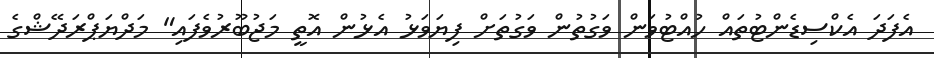
އެފަދަ އެކްސިޑެންޓުތައް ހުއްޓުވަން ވަގުތުން ވަގުތަށް ފިޔަވަޅު އެޅުން އޮތީ މަޖުބޫރުވެފައި" މަދްޔަޕްރަދޭޝްގެ